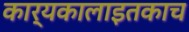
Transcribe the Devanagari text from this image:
कार्यकालाइतकाच